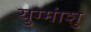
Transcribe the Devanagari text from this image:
युग्मांशु